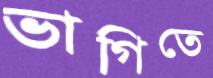
ভাগিতে